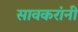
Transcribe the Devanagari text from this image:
सावकरांनी